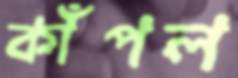
কাঁপল